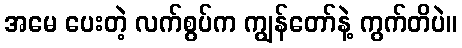
အမေ ပေးတဲ့ လက်စွပ်က ကျွန်တော်နဲ့ ကွက်တိပဲ။